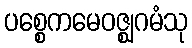
ပစ္စေကမေဝဇ္ဈဂမံသု